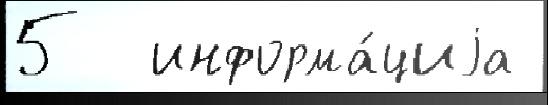
5  информа́циjа